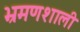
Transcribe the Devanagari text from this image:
भ्रमणशाली